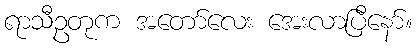
ရာသီဥတုက အတော်လေး အေးလာပြီနော်။